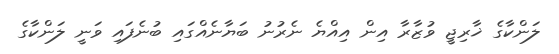
ލަންކާގެ ޚާރިޖީ ވުޒާރާ އިން އިއްޔެ ނެރުނު ބަޔާނެއްގައި ބުނެފައި ވަނީ ލަންކާގެ